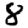
Digit: 8